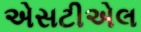
એસટીએલ